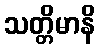
သတ္တိမာနိ